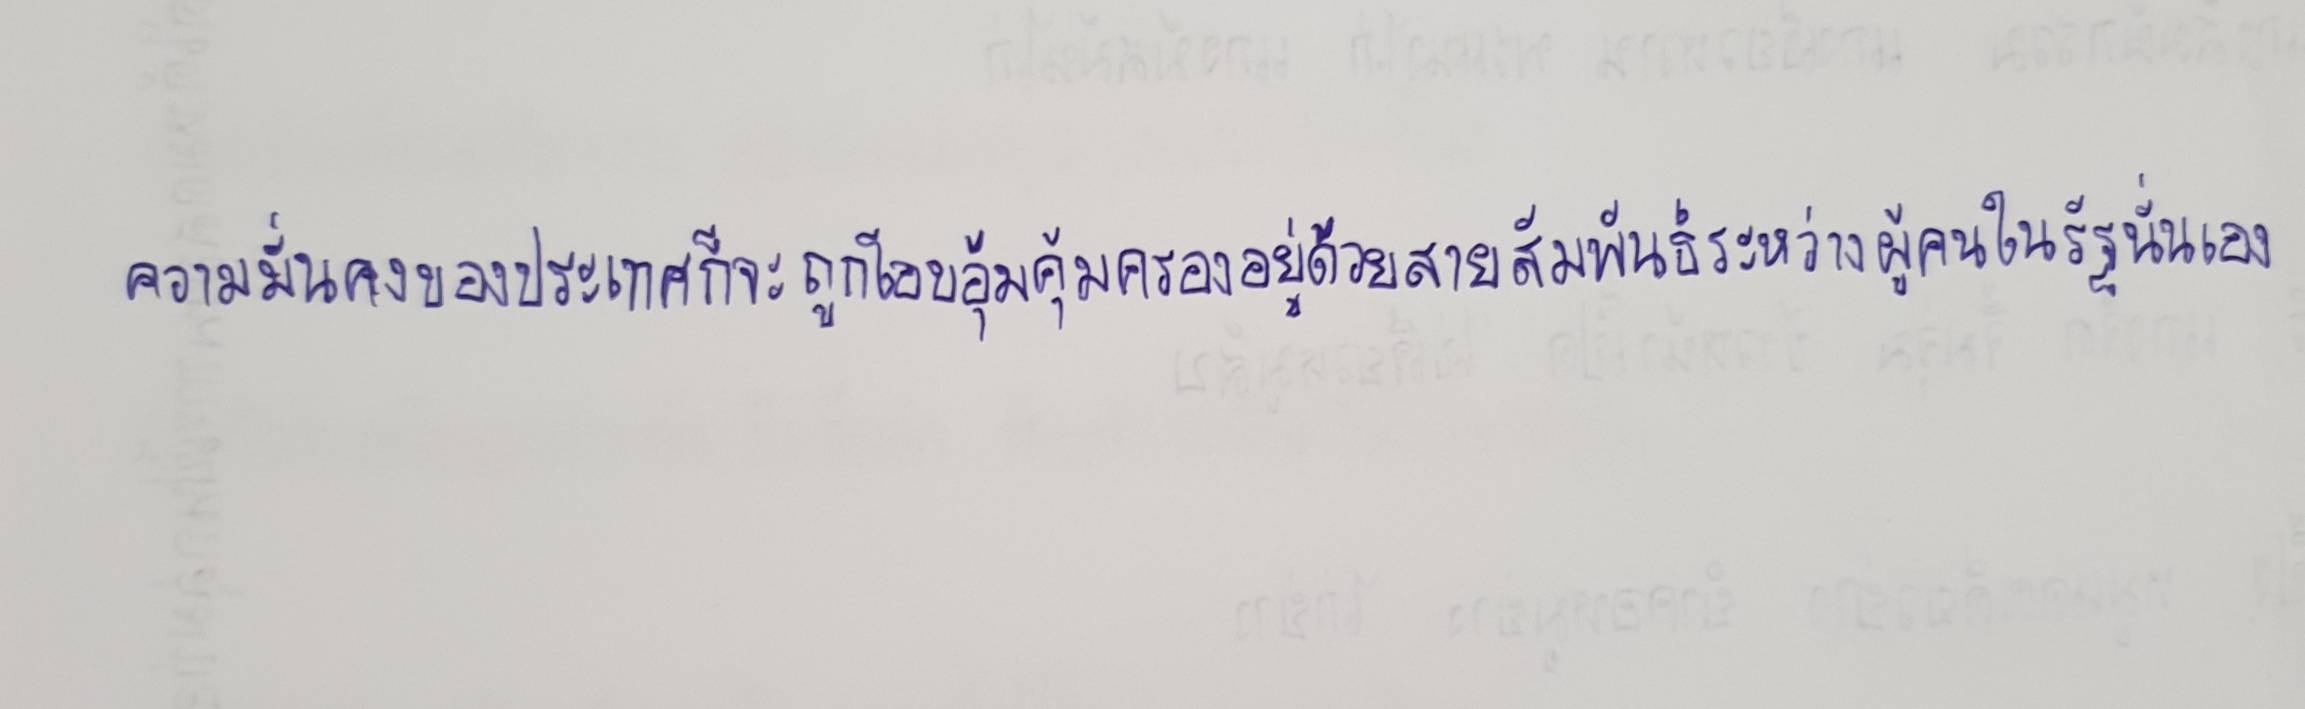
ความมั่นคงของประเทศก็จะถูกโอบอุ้มคุ้มครองอยู่ด้วยสายสัมพันธ์ระหว่างผู้คนในรัฐนั้นเอง